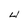
Character: 4